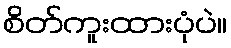
စိတ်ကူးထားပုံပဲ။